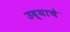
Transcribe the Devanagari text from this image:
उद्याचे